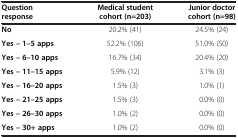
| Question response | Medical student cohort (n=203) | Junior doctor cohort (n=98) |
 | --- | --- | --- |
 | No | 20.2% (41) | 24.5% (24) |
 | Yes – 1–5 apps | 52.2% (106) | 51.0% (50) |
 | Yes – 6–10 apps | 16.7% (34) | 20.4% (20) |
 | Yes – 11–15 apps | 5.9% (12) | 3.1% (3) |
 | Yes – 16–20 apps | 1.5% (3) | 1.0% (1) |
 | Yes – 21–25 apps | 1.5% (3) | 0.0% (0) |
 | Yes – 26–30 apps | 1.0% (2) | 0.0% (0) |
 | Yes – 30+ apps | 1.0% (2) | 0.0% (0) |